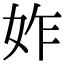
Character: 妰